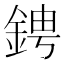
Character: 𬫙